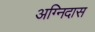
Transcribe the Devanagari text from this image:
अग्निदास